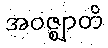
အဝဇ္ဈာတိ